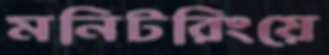
মনিটরিংয়ে